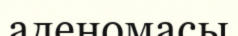
аденомасы